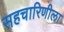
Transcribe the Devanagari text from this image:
सहचारिणीला